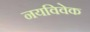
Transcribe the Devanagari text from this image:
नयविवेक